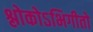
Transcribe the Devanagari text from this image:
श्लोकोऽभिगीतो